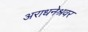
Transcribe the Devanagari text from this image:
अराधनेश्रवर